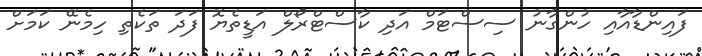
ފައިންޑާއާއި ހުންގާނު ސިސްޓަމް އަދި ކާސްޓްރޯލް އަޑީތެޔޮ ފަދަ ތަކެތި ހިމެނޭ ކަމަށް